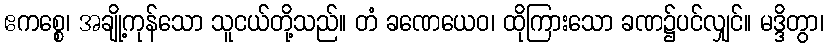
ဧကစ္စေ၊ အချို့ကုန်သော သူငယ်တို့သည်။ တံ ခဏေယေဝ၊ ထိုကြားသော ခဏ၌ပင်လျှင်။ မဒ္ဒိတွာ၊